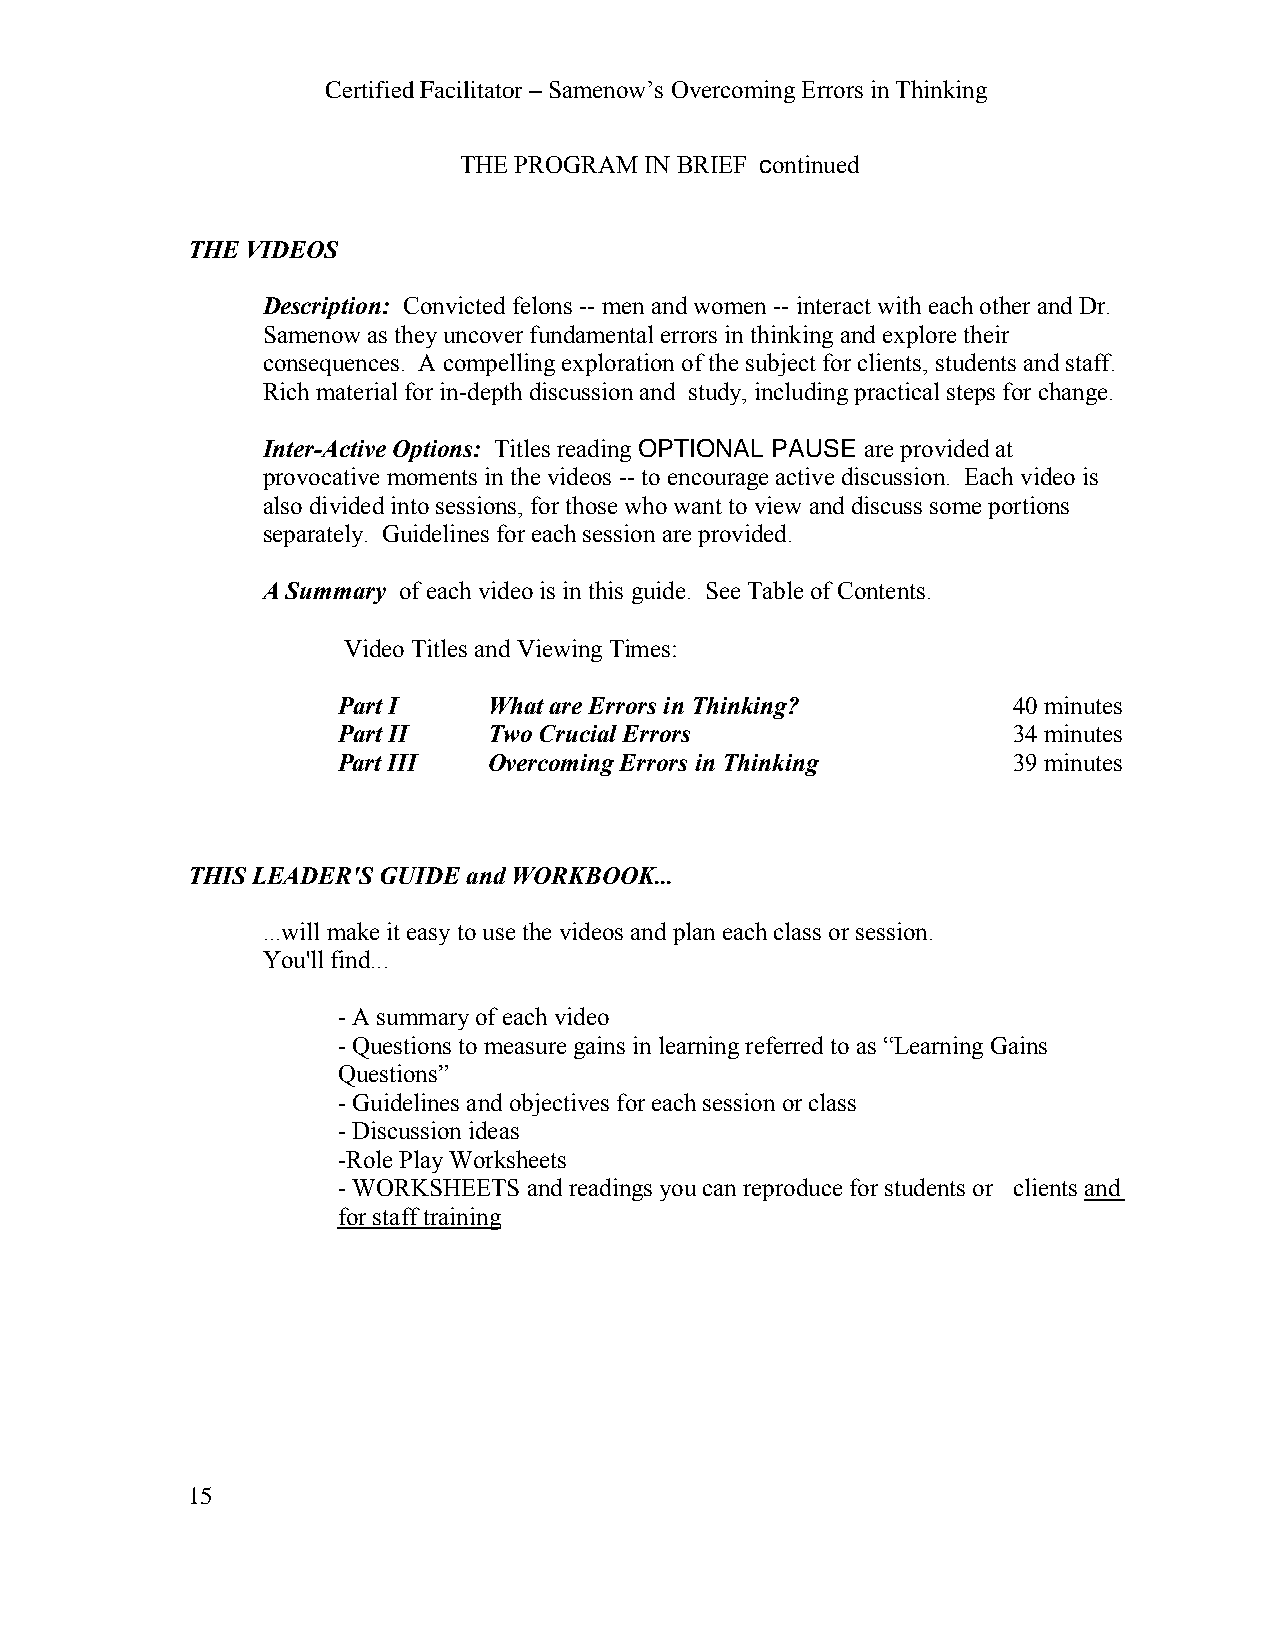
Certified Facilitator – Samenow’s Overcoming Errors in Thinking
 THE PROGRAM  IN BRIEF continued
 THE VIDEOS
 Description: Convicted felons -- men and women -- interact with each other and Dr.
 Samenow as they uncover fundamental errors in thinking and explore their
 consequences. A compelling exploration of the subject for clients, students and staff.
 Rich material for in-depth discussion and study, including practical steps for change.
 Inter-Active Options: Titles reading OPTIONAL PAUSE are provided at
 provocative moments in the videos -- to encourage active discussion. Each video is
 also divided into sessions, for those who want to view and discuss some portions
 separately. Guidelines for each session are provided.
 A Summary of each video is in this guide. See Table of Contents.
 Video Titles and Viewing Times:
 Part I    What are Errors in Thinking?       40 minutes
 Part II   Two Crucial Errors                 34 minutes
 Part III  Overcoming Errors in Thinking      39 minutes
 THIS LEADER'S GUIDE and WORKBOOK...
 ...will make it easy to use the videos and plan each class or session.
 You'll find...
 - A summary of each video
 - Questions to measure gains in learning referred to as “Learning Gains
 Questions”
 - Guidelines and objectives for each session or class
 - Discussion ideas
 -Role Play Worksheets
 - WORKSHEETS and readings you can reproduce for students or clients and
 for staff training
 15